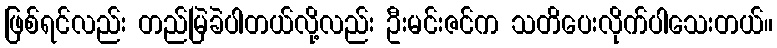
ဖြစ်ရင်လည်း တည်မြဲခဲပါတယ်လို့လည်း ဦးမင်းဇင်က သတိပေးလိုက်ပါသေးတယ်။